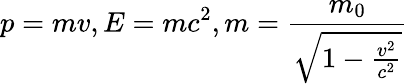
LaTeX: p=mv,E=mc^{2},m=\frac{m_{0}}{\sqrt{1-\frac{v^{2}}{c^{2}}}}